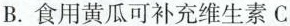
B.食用黄瓜可补充维生素C